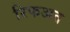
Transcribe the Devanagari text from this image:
रिफअत